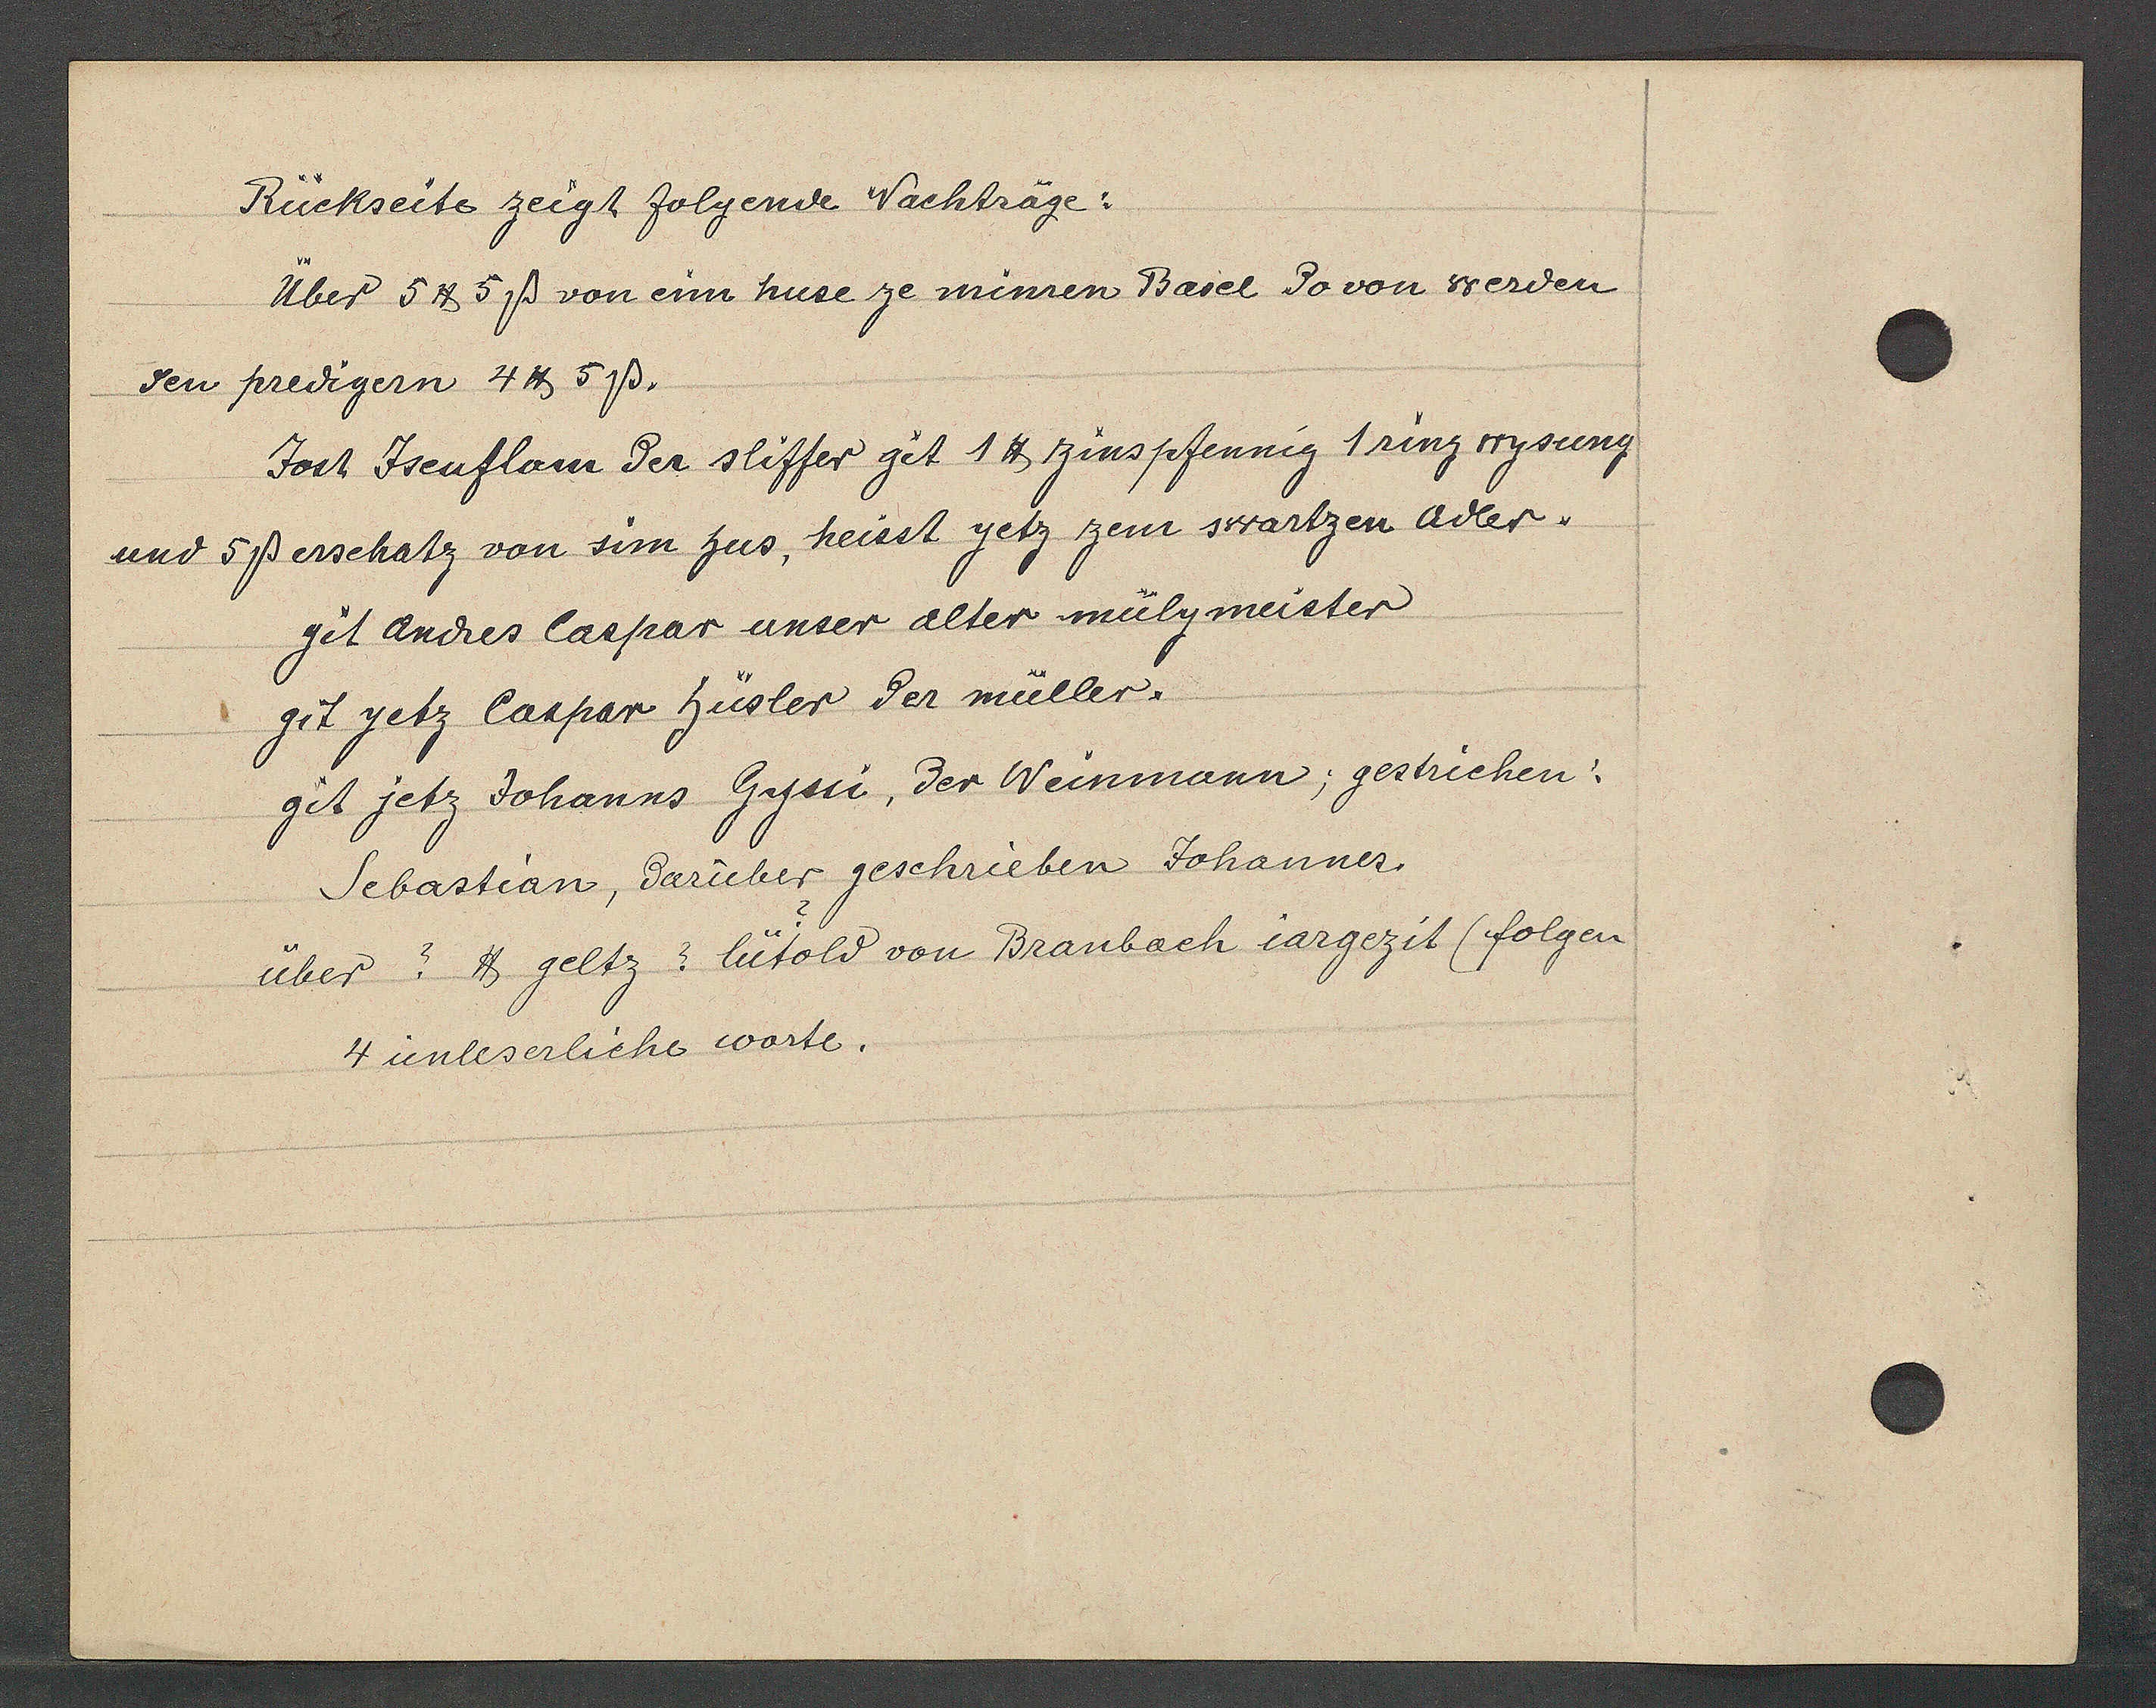
Transcript:
Rückseite zeigt folgende Nächträge:
Uber 5 ℔ 5ß von eim huse ze minren Basel do von werden
den predigern 4℔ 5ß.
Jost Jsenflam der stiffter git 1 ℔ zinspfennig 1 ring wysung
und 5ß erschatz von sim hus, heisst yetz zem swartzen Adler.
git Andres Caspar unser alter mülymeister
git jetz Caspar hüsler der müller.
git jetz Johanns Gyssi, der Weinmann; gestrichen:
Sebastian, darüber geschrieben Johannes.
über ? ℔ geltz ? lütold von Branbach iargezit (folgen
4 unleserliche worte.